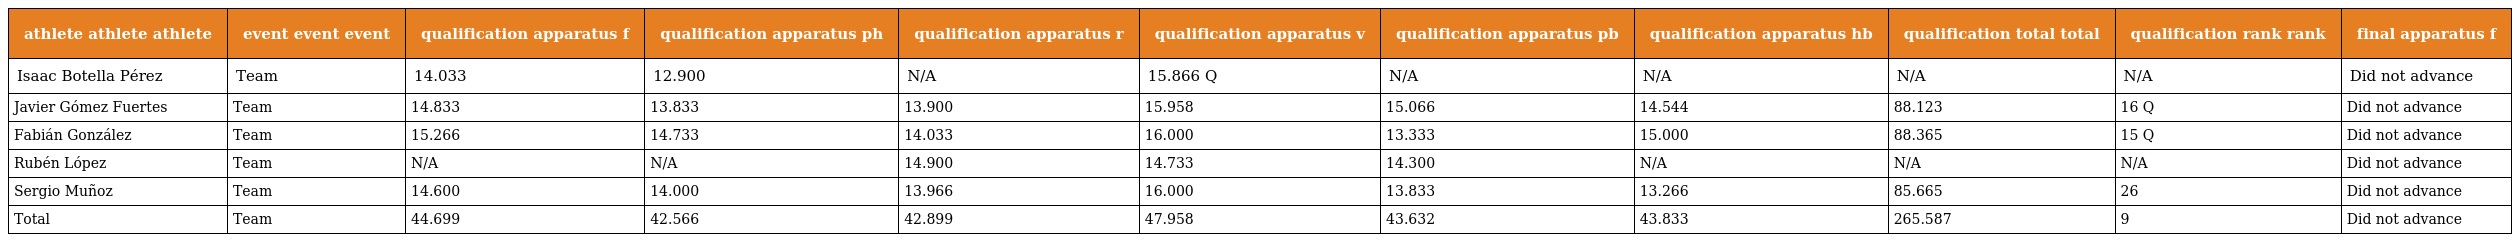
| athlete athlete athlete | event event event | qualification apparatus f | qualification apparatus ph | qualification apparatus r | qualification apparatus v | qualification apparatus pb | qualification apparatus hb | qualification total total | qualification rank rank | final apparatus f |
 | --- | --- | --- | --- | --- | --- | --- | --- | --- | --- | --- |
 | Isaac Botella Pérez | Team | 14.033 | 12.900 | N/A | 15.866 Q | N/A | N/A | N/A | N/A | Did not advance |
 | Javier Gómez Fuertes | Team | 14.833 | 13.833 | 13.900 | 15.958 | 15.066 | 14.544 | 88.123 | 16 Q | Did not advance |
 | Fabián González | Team | 15.266 | 14.733 | 14.033 | 16.000 | 13.333 | 15.000 | 88.365 | 15 Q | Did not advance |
 | Rubén López | Team | N/A | N/A | 14.900 | 14.733 | 14.300 | N/A | N/A | N/A | Did not advance |
 | Sergio Muñoz | Team | 14.600 | 14.000 | 13.966 | 16.000 | 13.833 | 13.266 | 85.665 | 26 | Did not advance |
 | Total | Team | 44.699 | 42.566 | 42.899 | 47.958 | 43.632 | 43.833 | 265.587 | 9 | Did not advance |